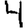
Digit: 4